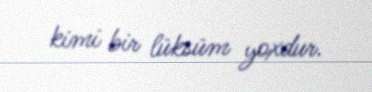
kimi bir lüksüm yoxdur.